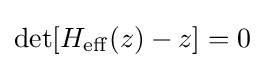
\det[H_{\mathrm {eff} }(z)-z]=0